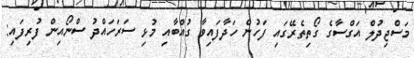
މަސްޖިދުލް އަގްސާގެ ގޯތިތެރޭގައި ފަހުން ހަދާފައިވާ ގުއްބާއި މުޅި ސަރަހައްދު ސްނޯއިން ފުރިފައި: